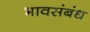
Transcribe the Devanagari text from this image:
भावसंबंध